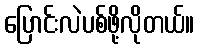
ပြောင်းလဲပစ်ဖို့လိုတယ်။